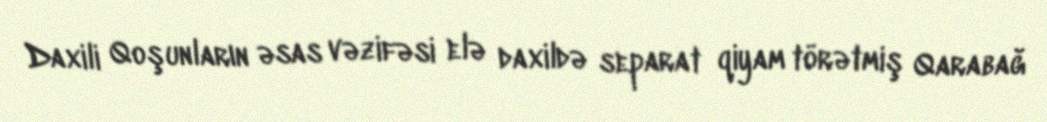
Daxili Qoşunların əsas vəzifəsi elə daxildə separat qiyam törətmiş Qarabağ